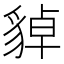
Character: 𧳝